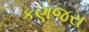
કણજરા